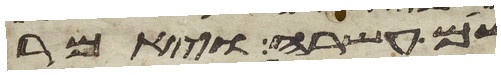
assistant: שם עשרה ויאמר